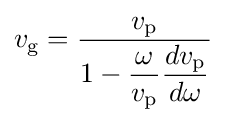
v_{\text{g}}={\frac {v_{\text{p}}}{1-{\dfrac {\omega }{v_{\text{p}}}}{\dfrac {dv_{\text{p}}}{d\omega }}}}